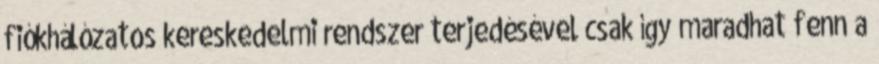
fiókhálózatos kereskedelmi rendszer terjedésével csak így maradhat fenn a